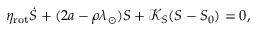
\begin{array} { r } { \eta _ { \mathrm { r o t } } \dot { S } + ( 2 a - \rho \lambda _ { \odot } ) S + \mathcal { K } _ { S } ( S - S _ { 0 } ) = 0 , } \end{array}